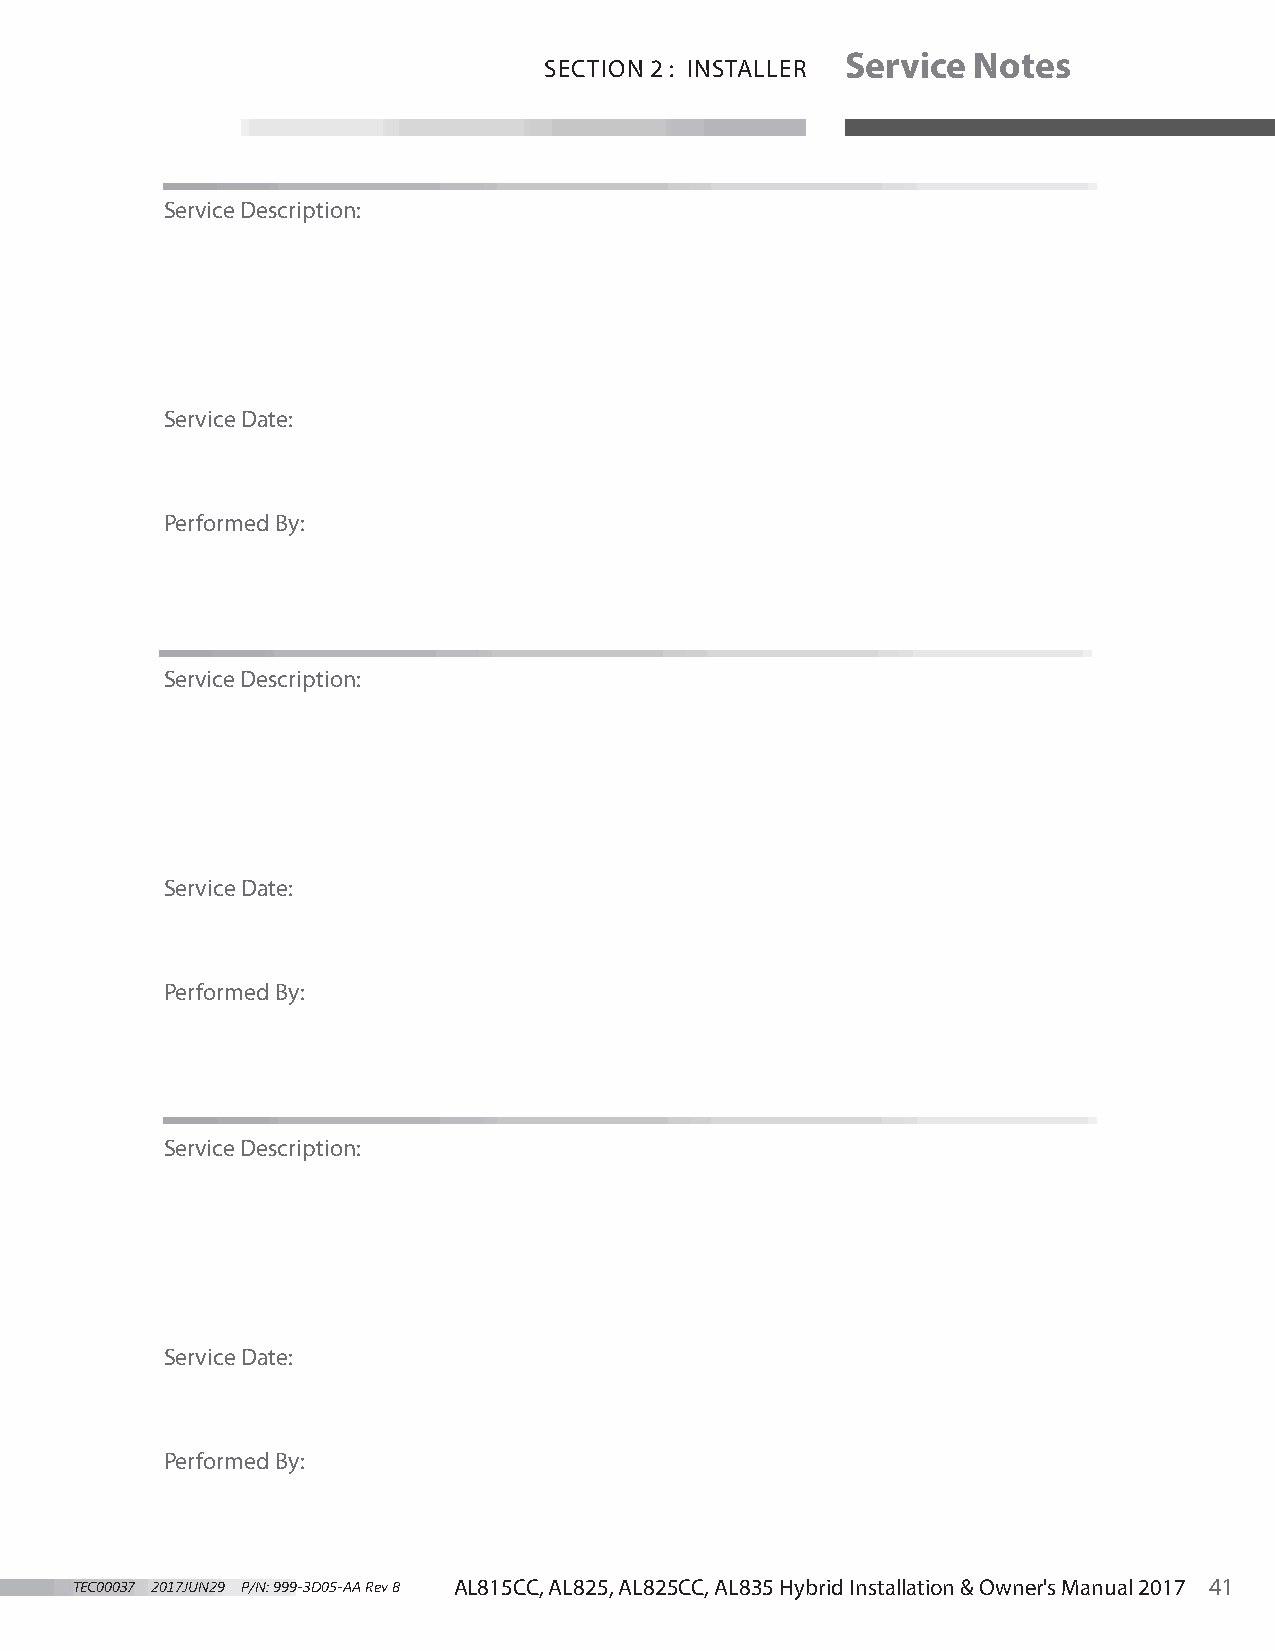
Service Notes
 SECTION 2 : INSTALLER
 Service Description:
 Service Date:
 Performed By:
 Service Description:
 Service Date:
 Performed By:
 Service Description:
 Service Date:
 Performed By:
 TEC00037 2017JUN29 P/N: 999-3D05-AA Rev B AL815CC, AL825, AL825CC, AL835 Hybrid Installation & Owner's Manual 2017 41